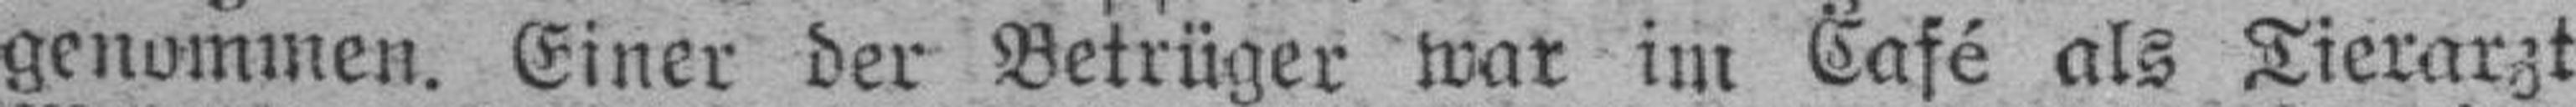
genommen. Einer der Betrüger war im Café als Tierarzt